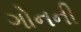
ગોનની